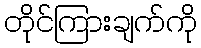
တိုင်ကြားချက်ကို